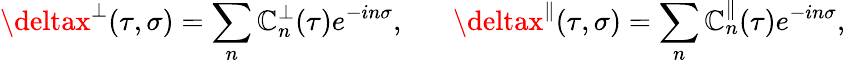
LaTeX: \deltax^{\perp}(\tau,\sigma)=\sum_{n}\mathbb{C}_{n}^{\perp}(\tau)e^{-in\sigma},\; \; \; \; \; \; \deltax^{\parallel}(\tau,\sigma)=\sum_{n}\mathbb{C}_{n}^{\parallel}(\tau)e^{-in\sigma},